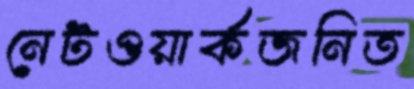
নেটওয়ার্কজনিত